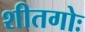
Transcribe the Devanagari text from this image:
शीतगोः